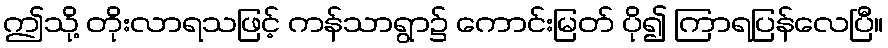
ဤသို့ တိုးလာရသဖြင့် ကန်သာရွာ၌ ကောင်းမြတ် ပို၍ ကြာရပြန်လေပြီ။